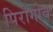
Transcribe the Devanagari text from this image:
पिरोगोव